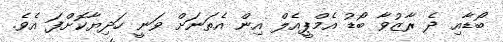
ބޯޑާއި ދެ ރާޒުވާ ބޯޑު އެމްޕީއެލް އިން އެތަނަށް ވަނީ ހަދިޔާކޮށްފަ އެވެ.